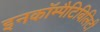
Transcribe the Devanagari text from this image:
इनकॉम्पैटिबिलिटी